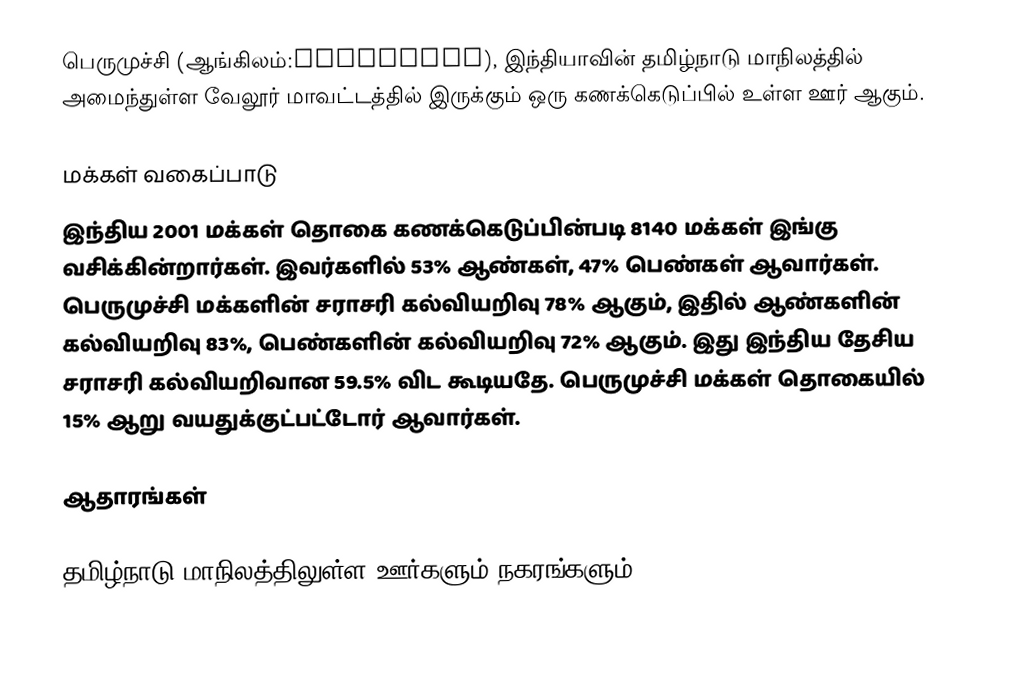
பெருமுச்சி (ஆங்கிலம்:Perumuchi), இந்தியாவின் தமிழ்நாடு மாநிலத்தில் அமைந்துள்ள வேலூர் மாவட்டத்தில் இருக்கும் ஒரு கணக்கெடுப்பில் உள்ள ஊர்  ஆகும்.

மக்கள் வகைப்பாடு
இந்திய 2001 மக்கள் தொகை கணக்கெடுப்பின்படி 8140 மக்கள் இங்கு வசிக்கின்றார்கள். இவர்களில் 53% ஆண்கள், 47% பெண்கள் ஆவார்கள். பெருமுச்சி மக்களின் சராசரி கல்வியறிவு 78% ஆகும்,  இதில் ஆண்களின் கல்வியறிவு 83%,  பெண்களின் கல்வியறிவு 72% ஆகும். இது இந்திய தேசிய சராசரி கல்வியறிவான 59.5% விட கூடியதே. பெருமுச்சி மக்கள் தொகையில் 15%  ஆறு வயதுக்குட்பட்டோர் ஆவார்கள்.

ஆதாரங்கள்

 தமிழ்நாடு மாநிலத்திலுள்ள ஊர்களும் நகரங்களும்